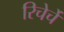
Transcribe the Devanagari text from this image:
रिचेर्चे